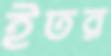
ইতর